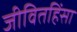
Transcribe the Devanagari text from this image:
जीवितहिंसा